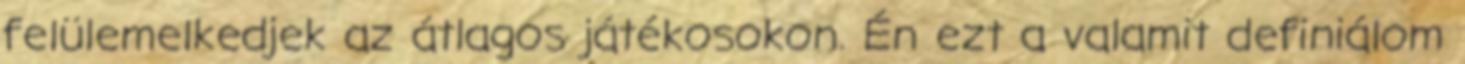
felülemelkedjek az átlagos játékosokon. Én ezt a valamit definiálom